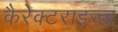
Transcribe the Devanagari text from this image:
कैरेक्टराइज्ड